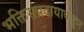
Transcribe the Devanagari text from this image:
भक्तिसंप्रदायाकडून